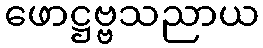
ဖောဋ္ဌဗ္ဗသညာယ